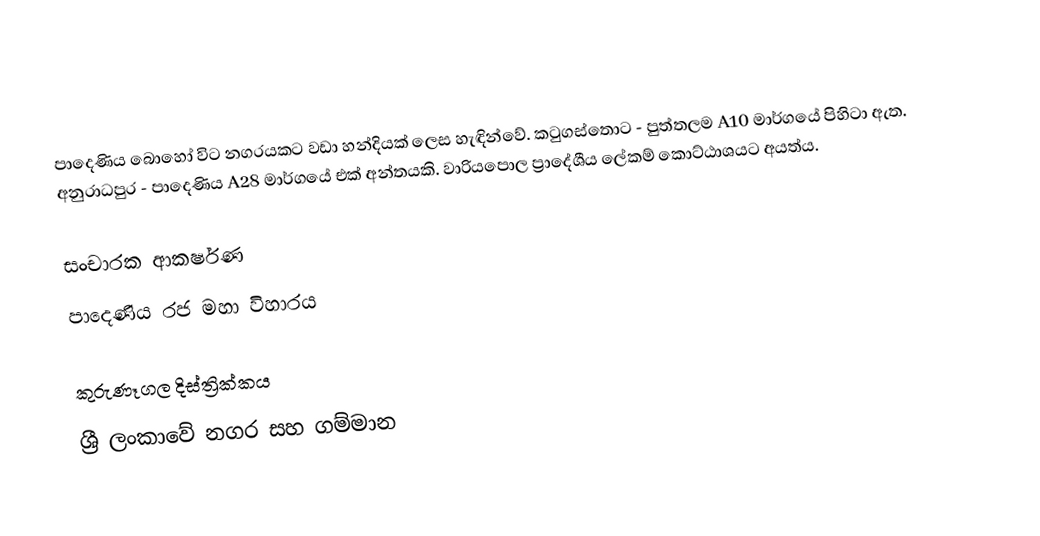
පාදෙණිය බොහෝ විට නගරයකට වඩා හන්දියක් ලෙස හැඳින්වේ. කටුගස්තොට - පුත්තලම A10  මාර්ගයේ පිහිටා ඇත.  අනුරාධපුර - පාදෙණිය A28 මාර්ගයේ එක් අන්තයකි. වාරියපොල ප්‍රාදේශීය ලේකම් කොට්ඨාශයට අයත්ය.

සංචාරක ආකර්ෂණ
 පාදෙණිය රජ මහා විහාරය

කුරුණෑගල දිස්ත්‍රික්කය
ශ්‍රී ලංකාවේ නගර සහ ගම්මාන